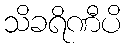
သိခရိဏီပိ